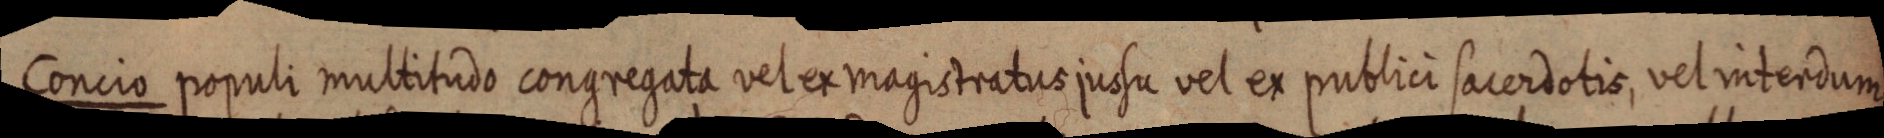
Concio populi multitudo congregata vel ex magistratus jussu vel ex publici sacerdotis, vel interdum